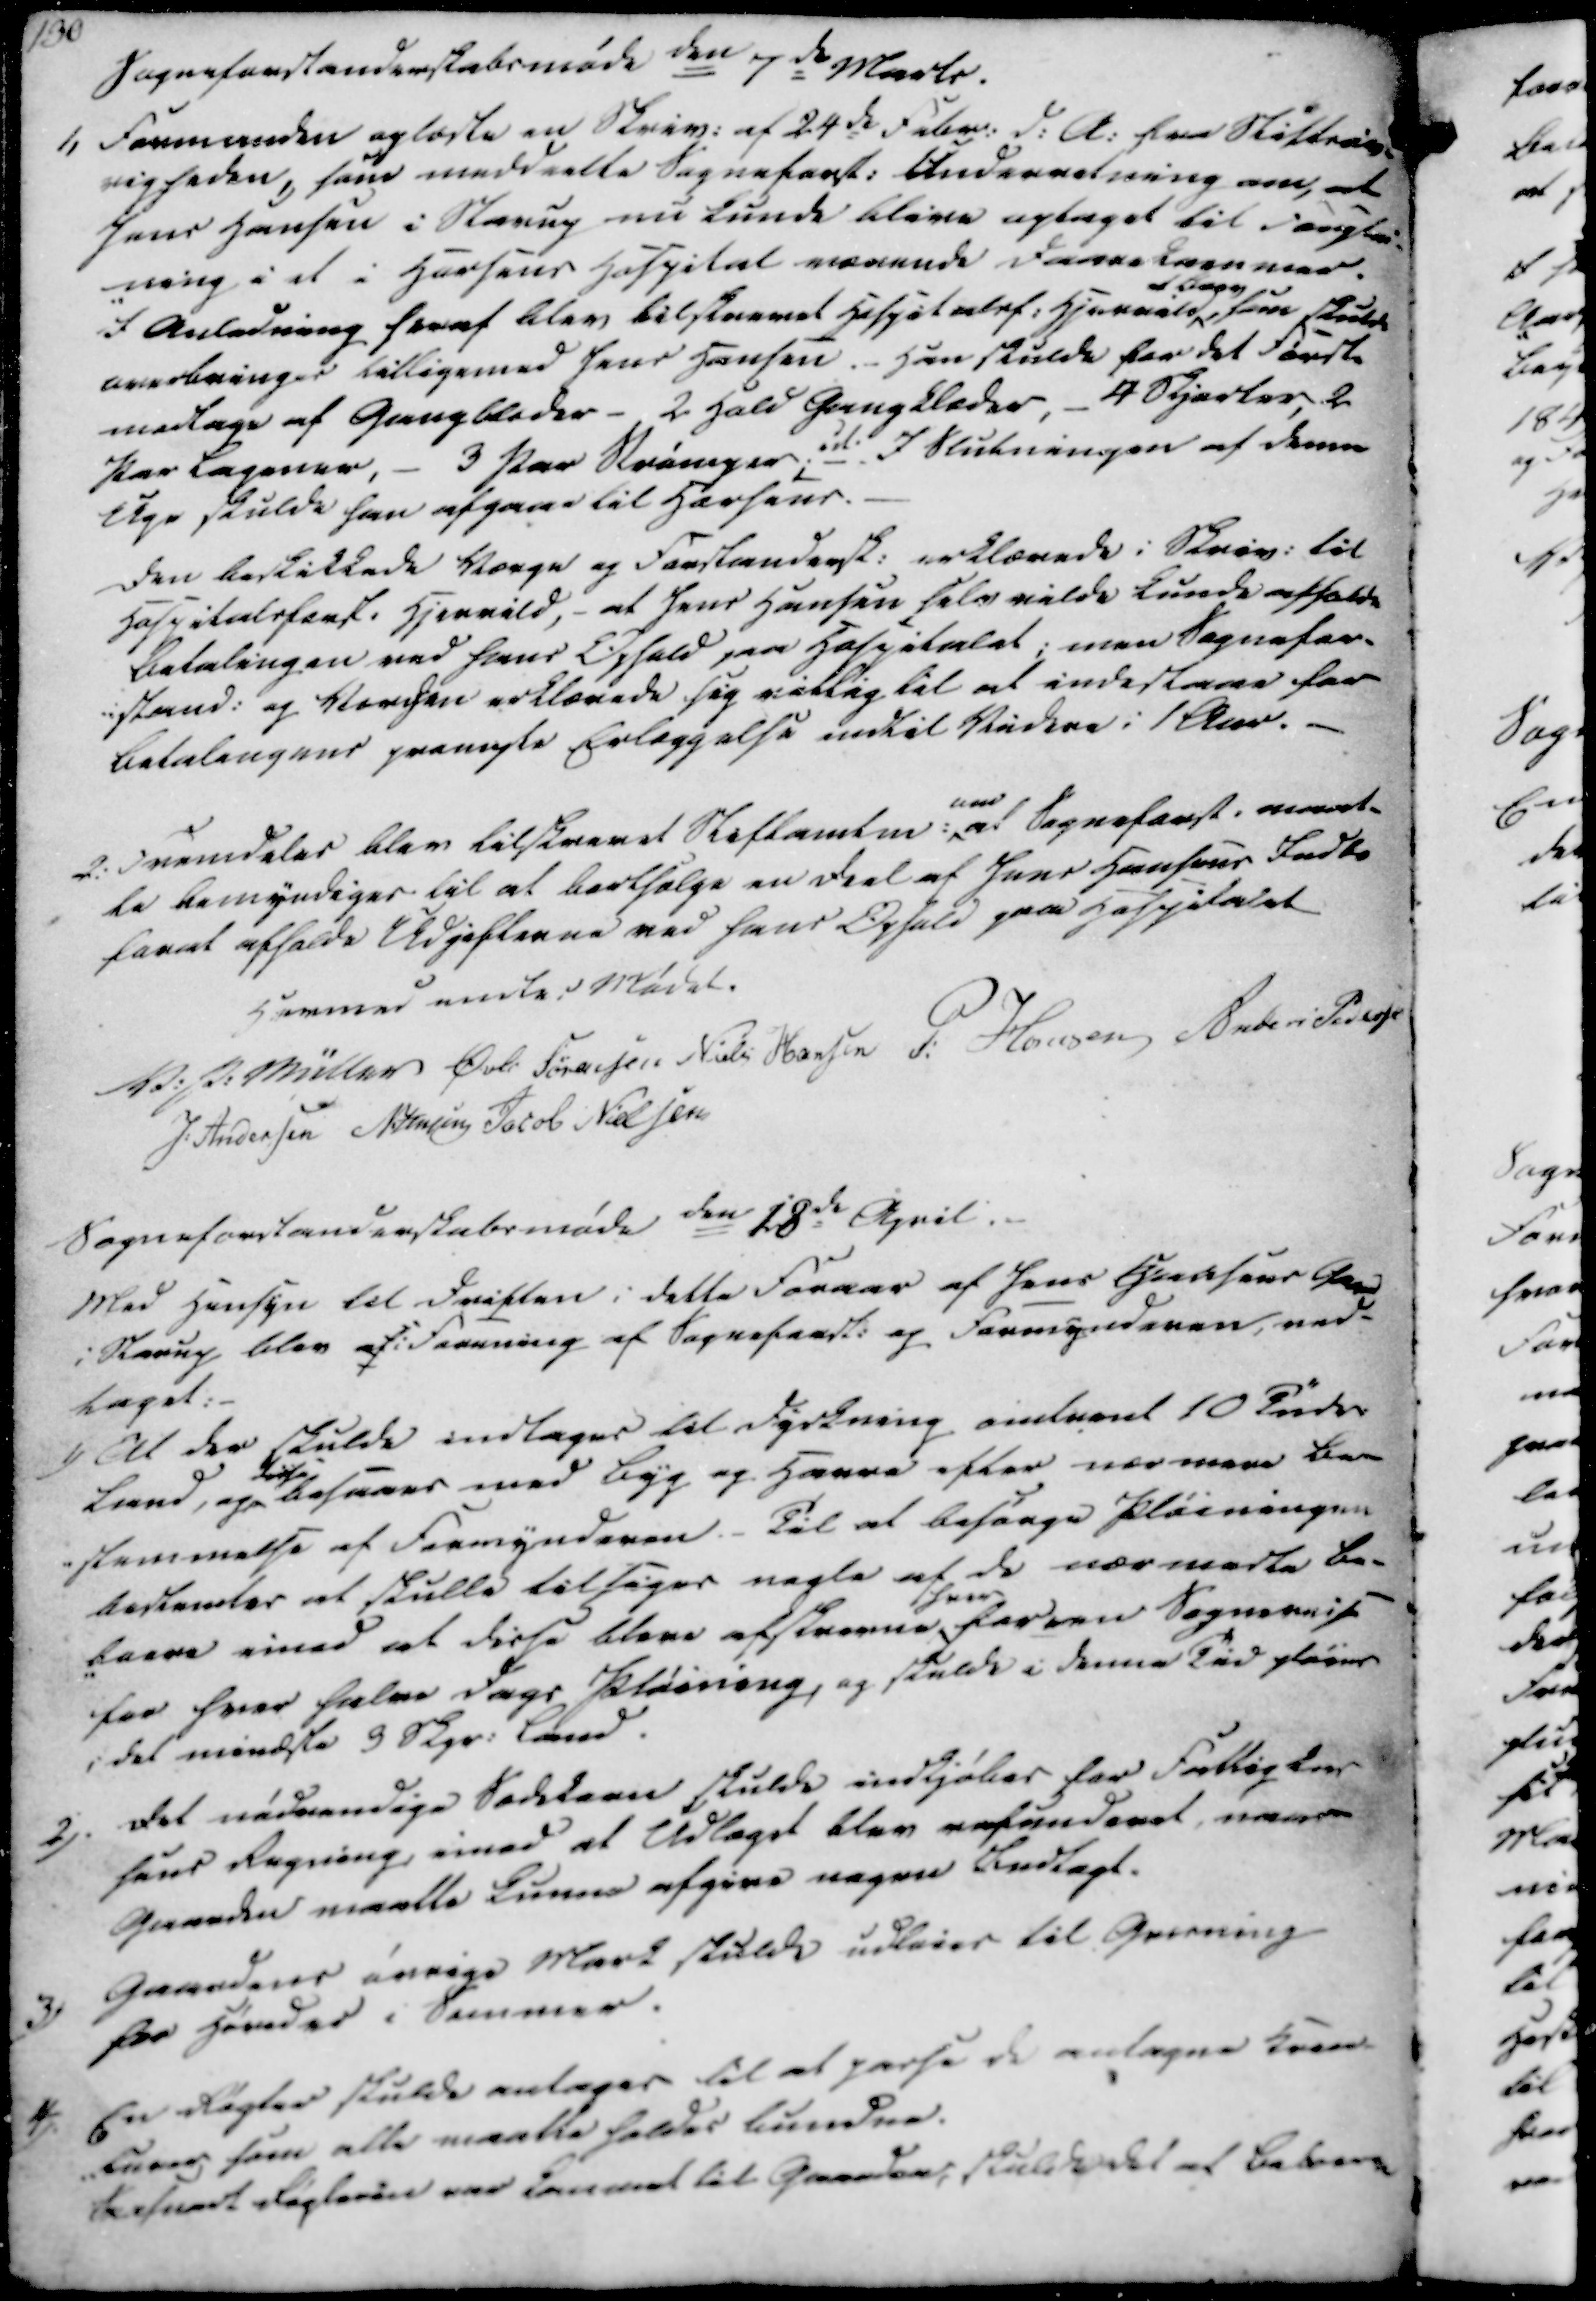
Transskription:
Sogneforstanderskabsmøde den 7de Marts.

Sogneforstanderskabsmøde den 7de Marts.

1.

1.

Formanden oplæste en Skriv. af 24de Febr. d.A. fra Stiftsøv-

righeden, som meddeelte Sogneforst. Underretning om, at

Jens Hansen i Starup nu kunde blive optaget til Forplei-

-ning i et i Horsens Hospital værende Daarekammer.

I Anledning heraf blev tilskrevet Hospitalsf. Hjerrild

af Sogn

som skulde

overbringes tilligemed Jens Hansen. Han skulde for det Første

medtage af Gangbleder - 2 Hold Gangklæder, - 4 Skjorter, 2

Par Lagener, - 3 Par Strømper; det. I Slutningen af denne

Uge skulde han afgaae til Horsens.

Den beskikkede Værge og Forstandersk. erklærede i Skriv. til

Hospitalsforst. Hjerrild, - at Jens Hansen selv vilde kunde afholde

Betalingen ved hans Ophold paa Hospitalet; men Sognefor-

-stand. og Værgen erklærede sig villig til at indestaae for

Betalingens prenegte Erlæggelse indtil Videre i 1 Aar.

Formanden oplæste en Skriv. af 24de Febr. d.A. fra Stiftsøv-
righeden, som meddeelte Sogneforst. Underretning om, at
Jens Hansen i Starup nu kunde blive optaget til Forplei-
-ning i et i Horsens Hospital værende Daarekammer.
I Anledning heraf blev tilskrevet Hospitalsf. Hjerrild
af Sogn
som skulde
overbringes tilligemed Jens Hansen. Han skulde for det Første
medtage af Gangbleder - 2 Hold Gangklæder, - 4 Skjorter, 2
Par Lagener, - 3 Par Strømper; det. I Slutningen af denne
Uge skulde han afgaae til Horsens.
Den beskikkede Værge og Forstandersk. erklærede i Skriv. til
Hospitalsforst. Hjerrild, - at Jens Hansen selv vilde kunde afholde
Betalingen ved hans Ophold paa Hospitalet; men Sognefor-
-stand. og Værgen erklærede sig villig til at indestaae for
Betalingens prenegte Erlæggelse indtil Videre i 1 Aar.

2.

2.

Fremdeles blev tilskrevet Stiftamtm.

om

at Sogneforst. maat-

te bemyndiges til at bortsælge en Deel af Jens Hansens Indbo

forat afholde Udgifterne ved hans Ophold paa Hospitalet

Fremdeles blev tilskrevet Stiftamtm.
om
at Sogneforst. maat-
te bemyndiges til at bortsælge en Deel af Jens Hansens Indbo
forat afholde Udgifterne ved hans Ophold paa Hospitalet

Hermed endtes Mødet.

V. P. Müller

Øvli Sørensen

Niels Hansen

P. Hansen

Anders Pedersen

J. Andersen

N. Jensen

Jacob Nielsen

Hermed endtes Mødet.
V. P. Müller
Øvli Sørensen
Niels Hansen
P. Hansen
Anders Pedersen
J. Andersen
N. Jensen
Jacob Nielsen

Sogneforstanderskabsmøde den 18de April.

Sogneforstanderskabsmøde den 18de April.

Med Hensyn til Driften i dette Foraar af Jens Hansens Gaard

i Starup blev afi Forening af Sogneforst. og Formynderen, ved-

taget:

Med Hensyn til Driften i dette Foraar af Jens Hansens Gaard
i Starup blev afi Forening af Sogneforst. og Formynderen, ved-
taget:

1)

1)

At der skulde indtages til Dyrkning omtrent 10 Tndr.

Land, og

disse

besaaes med Byg og Havre efter nærmere Be-

-stemmelse af Formynderen. Til at besørge Pløiningen

bestemtes at skulle tilsiges nogle af de nærmeste Be-

-boere imod at disse bleve afskrevne

for

ferren Sogneviis

for hver halve Dags Pløining, og skulde i denne Tid pløies

i det mindste 3 Skpr. Land.

At der skulde indtages til Dyrkning omtrent 10 Tndr.
Land, og
disse
besaaes med Byg og Havre efter nærmere Be-
-stemmelse af Formynderen. Til at besørge Pløiningen
bestemtes at skulle tilsiges nogle af de nærmeste Be-
-boere imod at disse bleve afskrevne
for
ferren Sogneviis
for hver halve Dags Pløining, og skulde i denne Tid pløies
i det mindste 3 Skpr. Land.

2).

2).

Det nødvendige Sædekorn skulde indkjøbes for Fattigkas

sens Regning, imod at Udlæget blev refunderet, naar

Gaarden maatte kunne afgive nogen Indtægt.

Det nødvendige Sædekorn skulde indkjøbes for Fattigkas
sens Regning, imod at Udlæget blev refunderet, naar
Gaarden maatte kunne afgive nogen Indtægt.

3)

3)

Gaardens øvrige Mark skulde udleies til Grusning

for Hereder i Sommer.

Gaardens øvrige Mark skulde udleies til Grusning
for Hereder i Sommer.

4)

4)

En Røgter skulde antages til at passe de antagne Krea-

-turer, som alle maatte holdes bundne.

Saasnart Røgteren var kommet til Gaarden, skulde det af Beboerne

En Røgter skulde antages til at passe de antagne Krea-
-turer, som alle maatte holdes bundne.
Saasnart Røgteren var kommet til Gaarden, skulde det af Beboerne